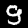
Label: 9